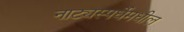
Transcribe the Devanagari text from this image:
नाट्यस्पर्धेमधील